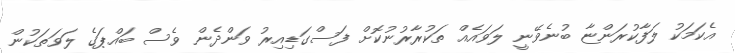
އެކަމަކު ލަފާކުރަންޏާ ބުނެވޭނީ ލަވައެއް ތަކުރާރުނުކޮށް ފަސްގަޑިއިރު ވަންދެން ވެސް ބައްޕަގެ ލަވަތަކުން